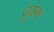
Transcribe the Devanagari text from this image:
दुरंग